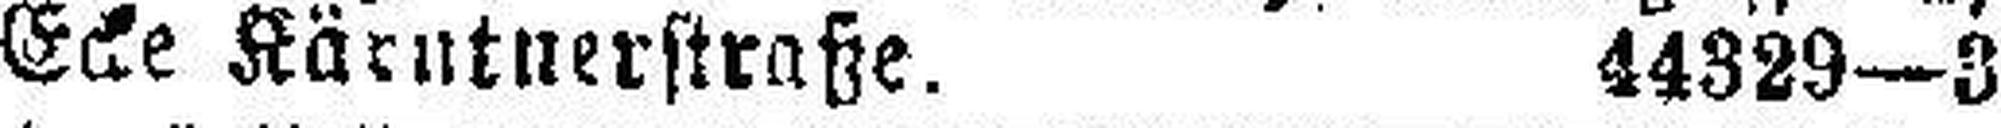
Ecke Kärntnerstraße. 44329—3